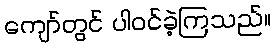
ကျော်တွင် ပါဝင်ခဲ့ကြသည်။